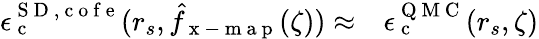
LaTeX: \begin{array}{rl}{\epsilon_{\mathrm{~c~}}^{{\mathrm{~S~D~}},\mathrm{~c~o~f~e~}}(r_{s},\hat{f}_{\mathrm{~x~-~m~a~p~}}(\zeta))\approx}&{{}\epsilon_{\mathrm{~c~}}^{\mathrm{~Q~M~C~}}(r_{s},\zeta)}\end{array}